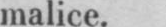
malice.